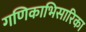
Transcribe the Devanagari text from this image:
गणिकाभिसारिका